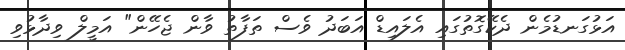
އަޅުގަނޑުމެން ދެކޭގޮތުގައި އެލައިޑް އަބަދު ވެސް ތަފާތު ވާން ޖެހޭން" އަމީލް ވިދާޅުވި